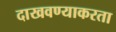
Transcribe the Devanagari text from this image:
दाखवण्याकरता